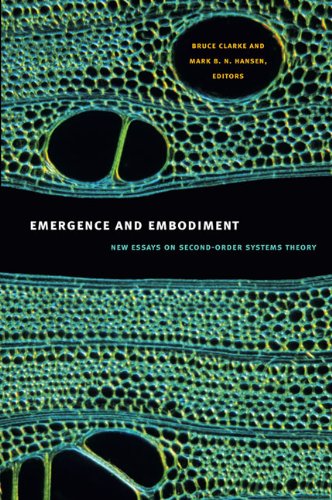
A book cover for Emergence and Embodiment: New Essays on Second-Order Systems Theory (Science and Cultural Theory); Computers & Technology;